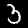
Digit: 3